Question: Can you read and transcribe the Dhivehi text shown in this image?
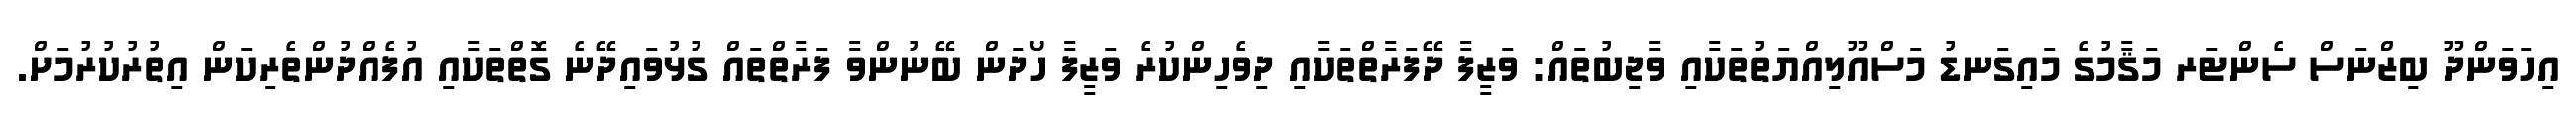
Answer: އިހަވަންދޫ ބިޒްނަސް ސެންޓަރ މަޤާމުގެ މައިގަނޑު މަސްއޫލިއްޔަތުތަކާއި ވާޖިބުތައް: ވަޒީފާ ދޭފަރާތްތަކާއި ދިވެހިންކުރެ ވަޒީފާ ހޯދަން ބޭނުންވާ ފަރާތްތައް ގުޅުވައިދޭނެ ގޮތްތަކާއި އުފެއްދުންތެރިކަން އިތުރުކުރުމަށް.